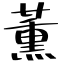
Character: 薫